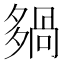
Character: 𡖿